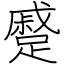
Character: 蹙